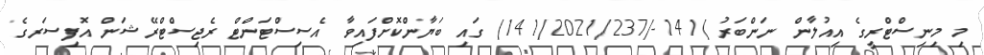
މި މިނިސްޓްރީގެ އިއުލާން ނަންބަރު )141-/141/2021/237) ގައި ބަޔާންކޮށްފައިވާ އެސިސްޓަންޓް ރެޖިސްޓްރޭޝަން އޮފިސަރގެ